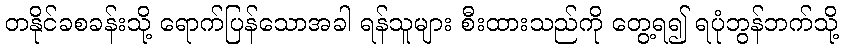
တနိုင်ခစခန်းသို့ ရောက်ပြန်သောအခါ ရန်သူများ စီးထားသည်ကို တွေ့ရ၍ ရပုံဘွန်ဘက်သို့